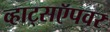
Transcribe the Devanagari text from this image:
व्हाट्सऍपवर